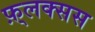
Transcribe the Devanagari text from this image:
फ़्लक्सस